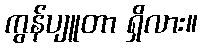
ကွန်ပျူတာ ရှိလား။